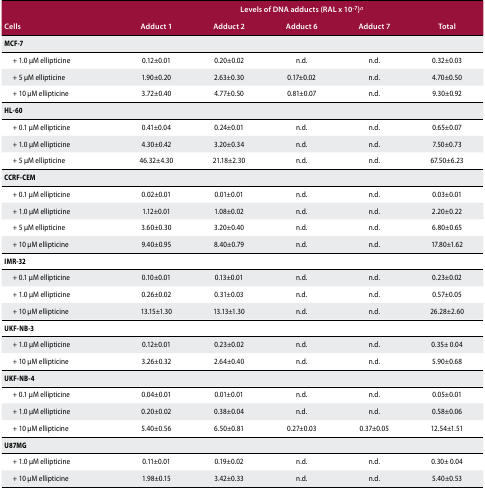
<table><thead><tr><td></td><td colspan="5"><b>Levels of DNA adducts (RALx10<sup>−7</sup>)<sup>a</sup></b></td></tr><tr><td><b>Cells</b></td><td><b>Adduct 1</b></td><td><b>Adduct 2</b></td><td><b>Adduct 6</b></td><td><b>Adduct 7</b></td><td><b>Total</b></td></tr></thead><tbody><tr><td><b>MCF-7</b></td><td></td><td></td><td></td><td></td><td></td></tr><tr><td>+ 1.0 μM ellipticine</td><td>0.12±0.01</td><td>0.20±0.02</td><td>n.d.</td><td>n.d.</td><td>0.32±0.03</td></tr><tr><td>+ 5 μM ellipticine</td><td>1.90±0.20</td><td>2.63±0.30</td><td>0.17±0.02</td><td>n.d.</td><td>4.70±0.50</td></tr><tr><td>+ 10 μM ellipticine</td><td>3.72±0.40</td><td>4.77±0.50</td><td>0.81±0.07</td><td>n.d.</td><td>9.30±0.92</td></tr><tr><td><b>HL-60</b></td><td></td><td></td><td></td><td></td><td></td></tr><tr><td>+ 0.1 μM ellipticine</td><td>0.41±0.04</td><td>0.24±0.01</td><td>n.d.</td><td>n.d.</td><td>0.65±0.07</td></tr><tr><td>+ 1.0 μM ellipticine</td><td>4.30±0.42</td><td>3.20±0.34</td><td>n.d.</td><td>n.d.</td><td>7.50±0.73</td></tr><tr><td>+ 5 μM ellipticine</td><td>46.32±4.30</td><td>21.18±2.30</td><td>n.d.</td><td>n.d.</td><td>67.50±6.23</td></tr><tr><td><b>CCRF-CEM</b></td><td></td><td></td><td></td><td></td><td></td></tr><tr><td>+ 0.1 μM ellipticine</td><td>0.02±0.01</td><td>0.01±0.01</td><td>n.d.</td><td>n.d.</td><td>0.03±0.01</td></tr><tr><td>+ 1.0 μM ellipticine</td><td>1.12±0.01</td><td>1.08±0.02</td><td>n.d.</td><td>n.d.</td><td>2.20±0.22</td></tr><tr><td>+ 5 μM ellipticine</td><td>3.60±0.30</td><td>3.20±0.40</td><td>n.d.</td><td>n.d.</td><td>6.80±0.65</td></tr><tr><td>+ 10 μM ellipticine</td><td>9.40±0.95</td><td>8.40±0.79</td><td>n.d.</td><td>n.d.</td><td>17.80±1.62</td></tr><tr><td><b>IMR-32</b></td><td></td><td></td><td></td><td></td><td></td></tr><tr><td>+ 0.1 μM ellipticine</td><td>0.10±0.01</td><td>0.13±0.01</td><td>n.d.</td><td>n.d.</td><td>0.23±0.02</td></tr><tr><td>+ 1.0 μM ellipticine</td><td>0.26±0.02</td><td>0.31±0.03</td><td>n.d.</td><td>n.d.</td><td>0.57±0.05</td></tr><tr><td>+ 10 μM ellipticine</td><td>13.15±1.30</td><td>13.13±1.30</td><td>n.d.</td><td>n.d.</td><td>26.28±2.60</td></tr><tr><td><b>UKF-NB-3</b></td><td></td><td></td><td></td><td></td><td></td></tr><tr><td>+ 1.0 μM ellipticine</td><td>0.12±0.01</td><td>0.23±0.02</td><td>n.d.</td><td>n.d.</td><td>0.35± 0.04</td></tr><tr><td>+ 10 μM ellipticine</td><td>3.26±0.32</td><td>2.64±0.40</td><td>n.d.</td><td>n.d.</td><td>5.90±0.68</td></tr><tr><td><b>UKF-NB-4</b></td><td></td><td></td><td></td><td></td><td></td></tr><tr><td>+ 0.1 μM ellipticine</td><td>0.04±0.01</td><td>0.01±0.01</td><td>n.d.</td><td>n.d.</td><td>0.05±0.01</td></tr><tr><td>+ 1.0 μM ellipticine</td><td>0.20±0.02</td><td>0.38±0.04</td><td>n.d.</td><td>n.d.</td><td>0.58±0.06</td></tr><tr><td>+ 10 μM ellipticine</td><td>5.40±0.56</td><td>6.50±0.81</td><td>0.27±0.03</td><td>0.37±0.05</td><td>12.54±1.51</td></tr><tr><td><b>U87MG</b></td><td></td><td></td><td></td><td></td><td></td></tr><tr><td>+ 1.0 μM ellipticine</td><td>0.11±0.01</td><td>0.19±0.02</td><td>n.d.</td><td>n.d.</td><td>0.30± 0.04</td></tr><tr><td>+ 10 μM ellipticine</td><td>1.98±0.15</td><td>3.42±0.33</td><td>n.d.</td><td>n.d.</td><td>5.40±0.53</td></tr></tbody></table>